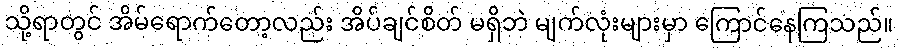
သို့ရာတွင် အိမ်ရောက်တော့လည်း အိပ်ချင်စိတ် မရှိဘဲ မျက်လုံးများမှာ ကြောင်နေကြသည်။